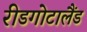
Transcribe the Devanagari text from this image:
रीडगोटालैंड